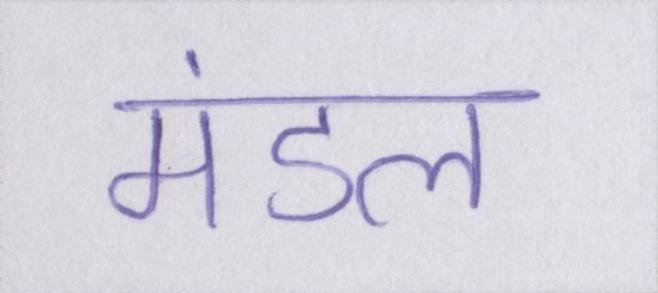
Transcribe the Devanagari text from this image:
मंडल